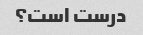
درست است؟